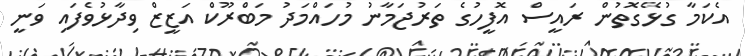
އެކަމާ ގުޅޭގޮތުން ރައީސް އޮފީހުގެ ތަރުޖަމާނު މުހައްމަދު މަބްރޫކް އަޒީޒް ވިދާޅުވެފައި ވަނީ